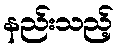
နည်းသည့်